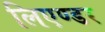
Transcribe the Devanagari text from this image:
लिएण्डर